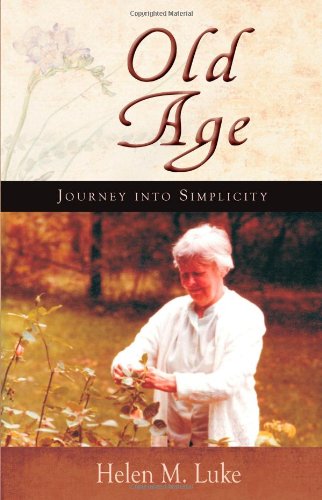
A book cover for Old Age; Helen M Luke; Literature & Fiction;